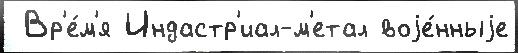
 Вр'е́м'я Индастр'иал-м'етал воjе́нныjе